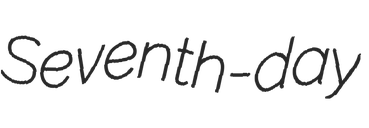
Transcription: Seventh-day